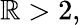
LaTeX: \mathbb{R}>2,